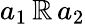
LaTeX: a_{1}\, \mathbb{R}\, a_{2}